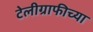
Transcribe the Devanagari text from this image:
टेलीग्राफीच्या